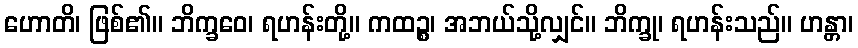
ဟောတိ၊ ဖြစ်၏။ ဘိက္ခဝေ၊ ရဟန်းတို့။ ကထဉ္စ၊ အဘယ်သို့လျှင်။ ဘိက္ခု၊ ရဟန်းသည်။ ဟန္တာ၊